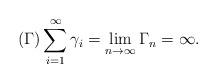
LaTeX: \begin{align*}(\Gamma )\sum_{i=1}^{\infty }\gamma _{i}=\lim_{n\rightarrow \infty}\Gamma _{n}=\infty .\end{align*}